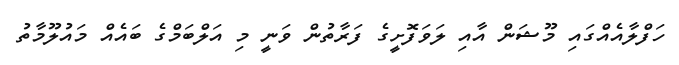
ހަފްލާއެއްގައި މޫޝަން އާއި ލަވަފޮށީގެ ފަރާތުން ވަނީ މި އަލްބަމްގެ ބައެއް މައުލޫމާތު